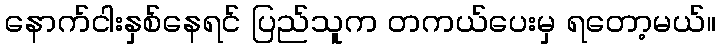
နောက်ငါးနှစ်နေရင် ပြည်သူက တကယ်ပေးမှ ရတော့မယ်။